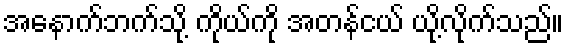
အနောက်ဘက်သို့ ကိုယ်ကို အတန်ငယ် ယို့လိုက်သည်။